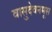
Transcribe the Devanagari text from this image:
वासुदेवनमूस